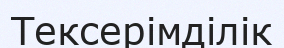
Тексерімділік